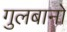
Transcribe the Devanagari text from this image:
गुलबानो